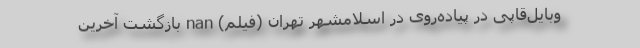
وبایل‌قاپی در پیاده‌روی در اسلامشهر تهران (فیلم) nan بازگشت آخرین